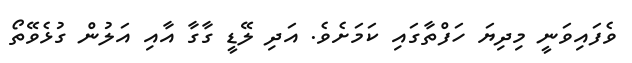
ވެފައިވަނީ މިދިޔަ ހަފްތާގައި ކަމަށެވެ. އަދި ލޭޑީ ގާގާ އާއި އަލުން ގުޅެވޭތޯ